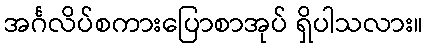
အင်္ဂလိပ်စကားပြောစာအုပ် ရှိပါသလား။